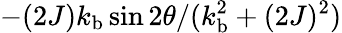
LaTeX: -{(2J)k_{\mathrm{b}}\sin 2\theta}/({k_{\mathrm{b}}^{2}+(2J)^{2}})